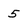
Character: 5